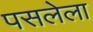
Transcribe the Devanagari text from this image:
पसलेला